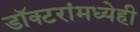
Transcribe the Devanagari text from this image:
डॉक्‍टरांमध्येही